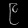
Digit: ၉